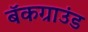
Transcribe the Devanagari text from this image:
बॅकग्राउंड